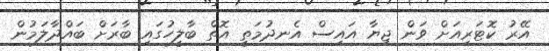
އޭރު ކޮޓަރިއަށް ވަން ޖިޔާ އައިސް އެނދުމަތީ އޮތް ބާލީހުގައި ބާރަށް ބައްދާލަމުން